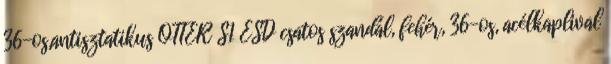
36-os,antisztatikus OTTER S1 ESD csatos szandál, fehér, 36-os, acélkaplival